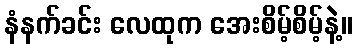
နံနက်ခင်း လေထုက အေးစိမ့်စိမ့်နဲ့။